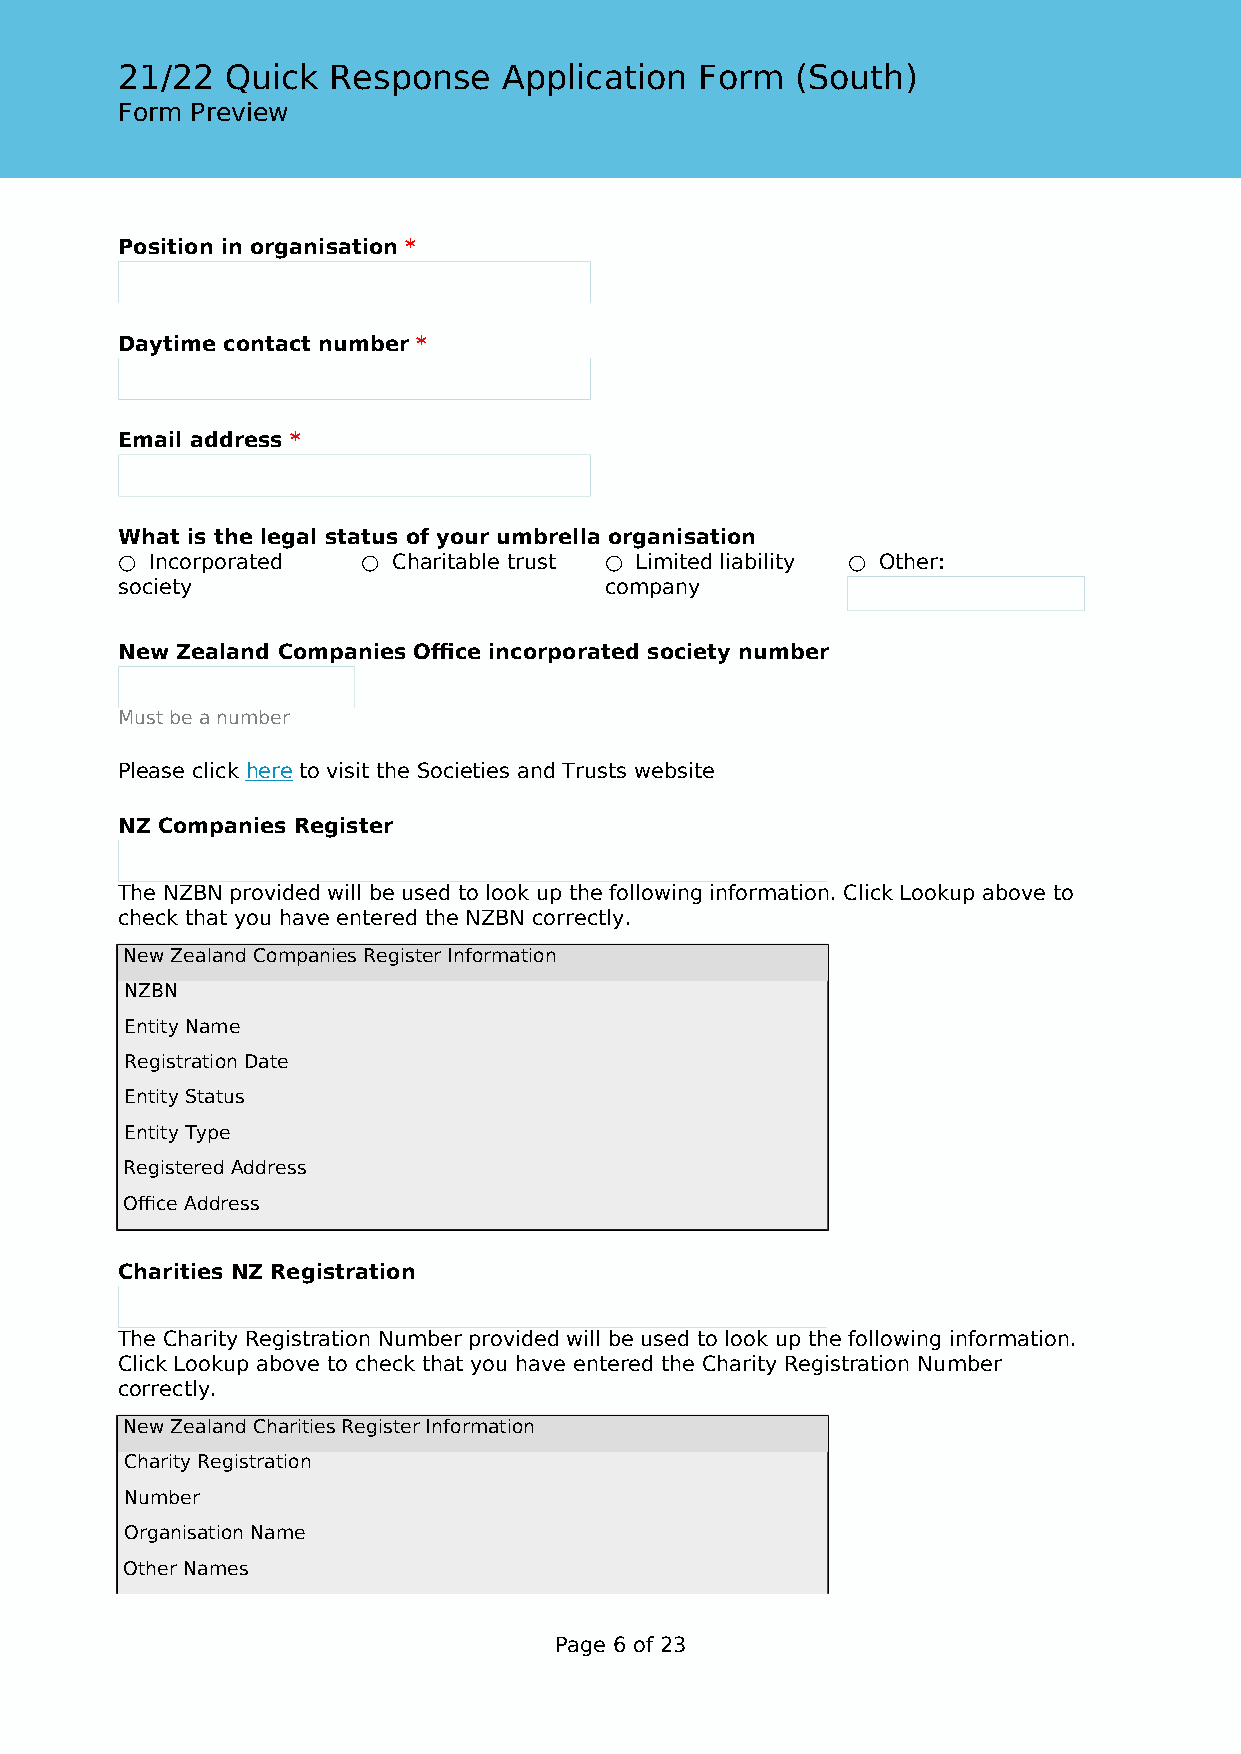
21/22  Quick  Response   Application  Form   (South)
 Form Preview
 Position in organisation *
 Daytime contact number *
 Email address *
 What is the legal status of your umbrella organisation
 ○ Incorporated  ○ Charitable trust ○ Limited liability ○ Other:
 society                         company
 New Zealand Companies Office incorporated society number
 Must be a number
 Please click here to visit the Societies and Trusts website
 NZ Companies Register
 The NZBN provided will be used to look up the following information. Click Lookup above to
 check that you have entered the NZBN correctly.
 New Zealand Companies Register Information
 NZBN
 Entity Name
 Registration Date
 Entity Status
 Entity Type
 Registered Address
 Office Address
 Charities NZ Registration
 The Charity Registration Number provided will be used to look up the following information.
 Click Lookup above to check that you have entered the Charity Registration Number
 correctly.
 New Zealand Charities Register Information
 Charity Registration
 Number
 Organisation Name
 Other Names
 Page 6 of 23